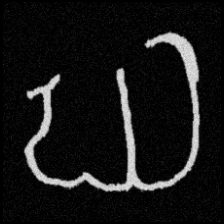
Pyu character \u2014 Myanmar letter: ဃ (romanized: gha)